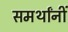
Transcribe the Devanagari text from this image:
समर्थांनीं